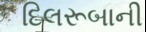
દિલરૂબાની